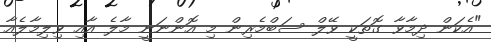
"އެކަން ދިމާވާ ގޮތަކީ ވޭލް ސަބްމެރިން މި އޮންނަނީ މާލެ އާއި ވިލިމާލެއާ